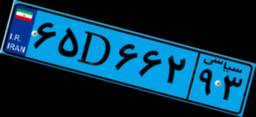
۴۰D۳۷۹۸۵